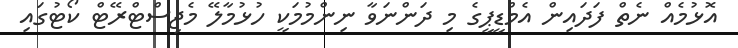
އޮޅުމެއް ނެތް ފަދައިން އެމްޑީޕީގެ މި ދަންނަވާ ނިންމުމަކީ ހުޅުމާލޭ މެޖިސްޓްރޭޓް ކޯޓުގައި